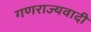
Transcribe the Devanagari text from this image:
गणराज्यवादी